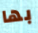
بها